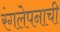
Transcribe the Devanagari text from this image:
रंगलेपनाची